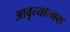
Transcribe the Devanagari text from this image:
आवृत्यात्मक